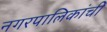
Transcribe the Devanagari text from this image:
नगरपालिकांची